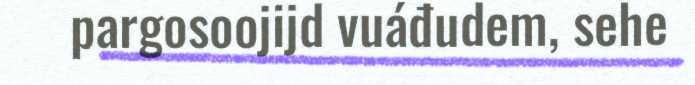
pargosoojijd vuáđudem, sehe